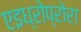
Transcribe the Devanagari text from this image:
एइध्रोप्रोरा